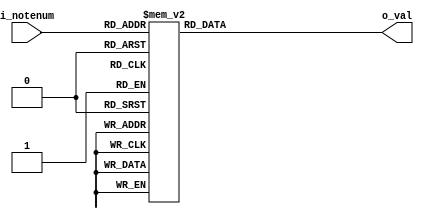
/********************************************************
 * Title    : MIDI Note Num to DDS AccVal Table
 * Design   : kingyo
 ********************************************************/
module NoteNumTable (
    input   wire    [ 6:0]  i_notenum,
    output  wire    [23:0]  o_val
    );
    
    assign o_val[23:0] = accTable( i_notenum );
    
    function [23:0] accTable;
        input   [6:0]   notenum;
        
        begin
            case (notenum)
                0: accTable = 24'h0003CF;
                1: accTable = 24'h000409;
                2: accTable = 24'h000447;
                3: accTable = 24'h000488;
                4: accTable = 24'h0004CD;
                5: accTable = 24'h000516;
                6: accTable = 24'h000563;
                7: accTable = 24'h0005B5;
                8: accTable = 24'h00060C;
                9: accTable = 24'h000668;
                10: accTable = 24'h0006CA;
                11: accTable = 24'h000731;
                12: accTable = 24'h00079F;
                13: accTable = 24'h000813;
                14: accTable = 24'h00088E;
                15: accTable = 24'h000910;
                16: accTable = 24'h00099A;
                17: accTable = 24'h000A2C;
                18: accTable = 24'h000AC7;
                19: accTable = 24'h000B6B;
                20: accTable = 24'h000C19;
                21: accTable = 24'h000CD1;
                22: accTable = 24'h000D94;
                23: accTable = 24'h000E63;
                24: accTable = 24'h000F3E;
                25: accTable = 24'h001026;
                26: accTable = 24'h00111B;
                27: accTable = 24'h001220;
                28: accTable = 24'h001334;
                29: accTable = 24'h001458;
                30: accTable = 24'h00158E;
                31: accTable = 24'h0016D6;
                32: accTable = 24'h001831;
                33: accTable = 24'h0019A2;
                34: accTable = 24'h001B28;
                35: accTable = 24'h001CC5;
                36: accTable = 24'h001E7B;
                37: accTable = 24'h00204B;
                38: accTable = 24'h002237;
                39: accTable = 24'h002440;
                40: accTable = 24'h002668;
                41: accTable = 24'h0028B0;
                42: accTable = 24'h002B1C;
                43: accTable = 24'h002DAC;
                44: accTable = 24'h003063;
                45: accTable = 24'h003344;
                46: accTable = 24'h003650;
                47: accTable = 24'h00398B;
                48: accTable = 24'h003CF7;
                49: accTable = 24'h004097;
                50: accTable = 24'h00446E;
                51: accTable = 24'h00487F;
                52: accTable = 24'h004CCF;
                53: accTable = 24'h005160;
                54: accTable = 24'h005637;
                55: accTable = 24'h005B57;
                56: accTable = 24'h0060C6;
                57: accTable = 24'h006687;
                58: accTable = 24'h006CA0;
                59: accTable = 24'h007315;
                60: accTable = 24'h0079ED;
                61: accTable = 24'h00812D;
                62: accTable = 24'h0088DC;
                63: accTable = 24'h0090FF;
                64: accTable = 24'h00999E;
                65: accTable = 24'h00A2C1;
                66: accTable = 24'h00AC6E;
                67: accTable = 24'h00B6AF;
                68: accTable = 24'h00C18C;
                69: accTable = 24'h00CD0E;
                70: accTable = 24'h00D940;
                71: accTable = 24'h00E62B;
                72: accTable = 24'h00F3DA;
                73: accTable = 24'h01025A;
                74: accTable = 24'h0111B7;
                75: accTable = 24'h0121FE;
                76: accTable = 24'h01333C;
                77: accTable = 24'h014581;
                78: accTable = 24'h0158DC;
                79: accTable = 24'h016D5E;
                80: accTable = 24'h018318;
                81: accTable = 24'h019A1C;
                82: accTable = 24'h01B27F;
                83: accTable = 24'h01CC55;
                84: accTable = 24'h01E7B5;
                85: accTable = 24'h0204B5;
                86: accTable = 24'h02236E;
                87: accTable = 24'h0243FC;
                88: accTable = 24'h026678;
                89: accTable = 24'h028B02;
                90: accTable = 24'h02B1B8;
                91: accTable = 24'h02DABC;
                92: accTable = 24'h03062F;
                93: accTable = 24'h033438;
                94: accTable = 24'h0364FE;
                95: accTable = 24'h0398AA;
                96: accTable = 24'h03CF69;
                97: accTable = 24'h040969;
                98: accTable = 24'h0446DD;
                99: accTable = 24'h0487F7;
                100: accTable = 24'h04CCF1;
                101: accTable = 24'h051604;
                102: accTable = 24'h056370;
                103: accTable = 24'h05B577;
                104: accTable = 24'h060C5E;
                105: accTable = 24'h066870;
                106: accTable = 24'h06C9FC;
                107: accTable = 24'h073155;
                108: accTable = 24'h079ED2;
                109: accTable = 24'h0812D3;
                110: accTable = 24'h088DB9;
                111: accTable = 24'h090FEE;
                112: accTable = 24'h0999E2;
                113: accTable = 24'h0A2C09;
                114: accTable = 24'h0AC6E1;
                115: accTable = 24'h0B6AEE;
                116: accTable = 24'h0C18BC;
                117: accTable = 24'h0CD0E1;
                118: accTable = 24'h0D93F8;
                119: accTable = 24'h0E62A9;
                120: accTable = 24'h0F3DA5;
                121: accTable = 24'h1025A6;
                122: accTable = 24'h111B72;
                123: accTable = 24'h121FDD;
                124: accTable = 24'h1333C3;
                125: accTable = 24'h145812;
                126: accTable = 24'h158DC2;
                127: accTable = 24'h16D5DC;
            endcase
        end
    endfunction

endmodule